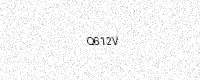
Text: Q612V